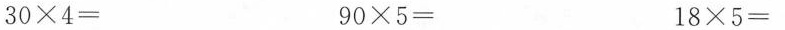
$$3 0 \div 4 =$$ $$9 0 \div 5 =$$ $$1 8 \div 5 =$$